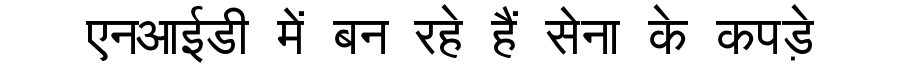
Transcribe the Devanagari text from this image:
एनआईडी में बन रहे हैं सेना के कपड़े